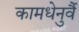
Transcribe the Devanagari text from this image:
कामधेनुर्वै